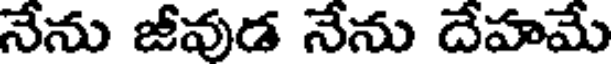
నేను జీవుడ నేను దేహమే